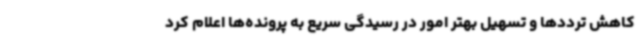
کاهش ترددها و تسهیل بهتر امور در رسیدگی سریع به پرونده‌ها اعلام کرد